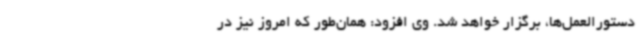
دستورالعمل‌ها، برگزار خواهد شد. وی افزود: همان‌طور که امروز نیز در